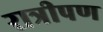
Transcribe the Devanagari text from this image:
रात्रीपण